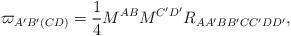
\begin{align*}\varpi _{A^{\prime }B^{\prime }(CD)}=\frac{1}{4}M^{AB}M^{C^{\prime}D^{\prime }}R_{AA^{\prime }BB^{\prime }CC^{\prime }DD^{\prime }},\end{align*}